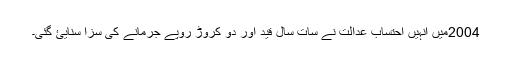
2004میں انہیں احتساب عدالت نے سات سال قید اور دو کروڑ روپے جرمانے کی سزا سنایئ گئی۔